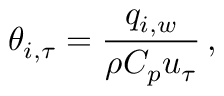
\theta _ { i , \tau } = \frac { q _ { i , w } } { \rho C _ { p } u _ { \tau } } \, ,